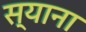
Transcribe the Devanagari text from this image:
स्याना